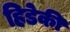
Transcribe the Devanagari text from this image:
हिडेकी